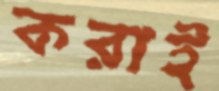
করাই